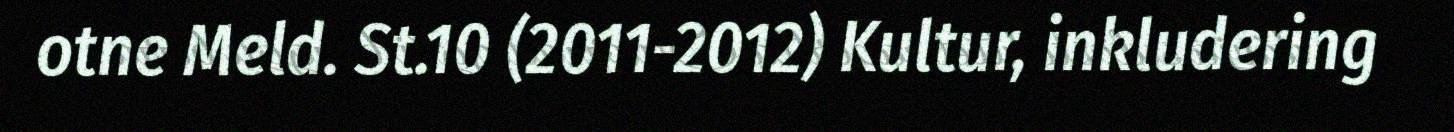
otne Meld. St.10 (2011-2012) Kultur, inkludering